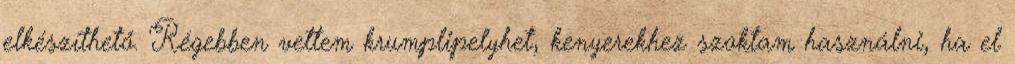
elkészíthető. Régebben vettem krumplipelyhet, kenyerekhez szoktam használni, ha el